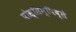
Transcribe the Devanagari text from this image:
पोस्सिम्पिब्ले